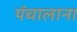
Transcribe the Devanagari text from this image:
पंचालाना